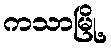
ကသာမြို့